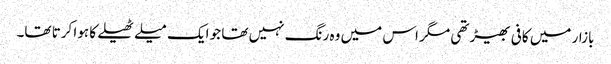
بازار میں کافی بھیڑ تھی مگر اس میں وہ رنگ نہیں تھا جو ایک میلے ٹھیلے کا ہوا کرتا تھا۔